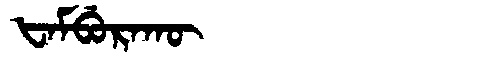
Manchu: ᡶᠠᠮᠪᡠᡵᠠᡴᡡ
Romanization: FAMBURAKŪ